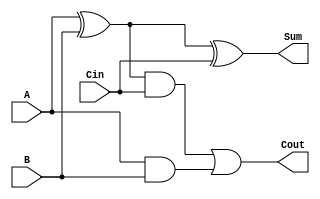
//-----------------------------------------------------------------------------
// UC Berkeley CS150
// Lab 0, Fall 2012
// Module: FA.v
// Desc: 1-bit Full Adder
//       You may only use structural verilog in this module.       
//-----------------------------------------------------------------------------
module FA(
    input A, B, Cin,
    output Sum, Cout
);
   // Structural verilog only!
   /********YOUR CODE HERE********/
wire axorb, abc, aandb;   

xor(axorb, A, B);
xor(Sum, axorb, Cin);
and(abc, axorb, Cin);
and(aandb, A, B);
or(Cout, abc, aandb);

   /********END CODE********/
endmodule